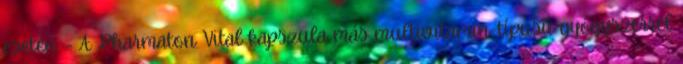
esetén. - A Pharmaton Vital kapszula más multivitamin-típusú gyógyszerrel